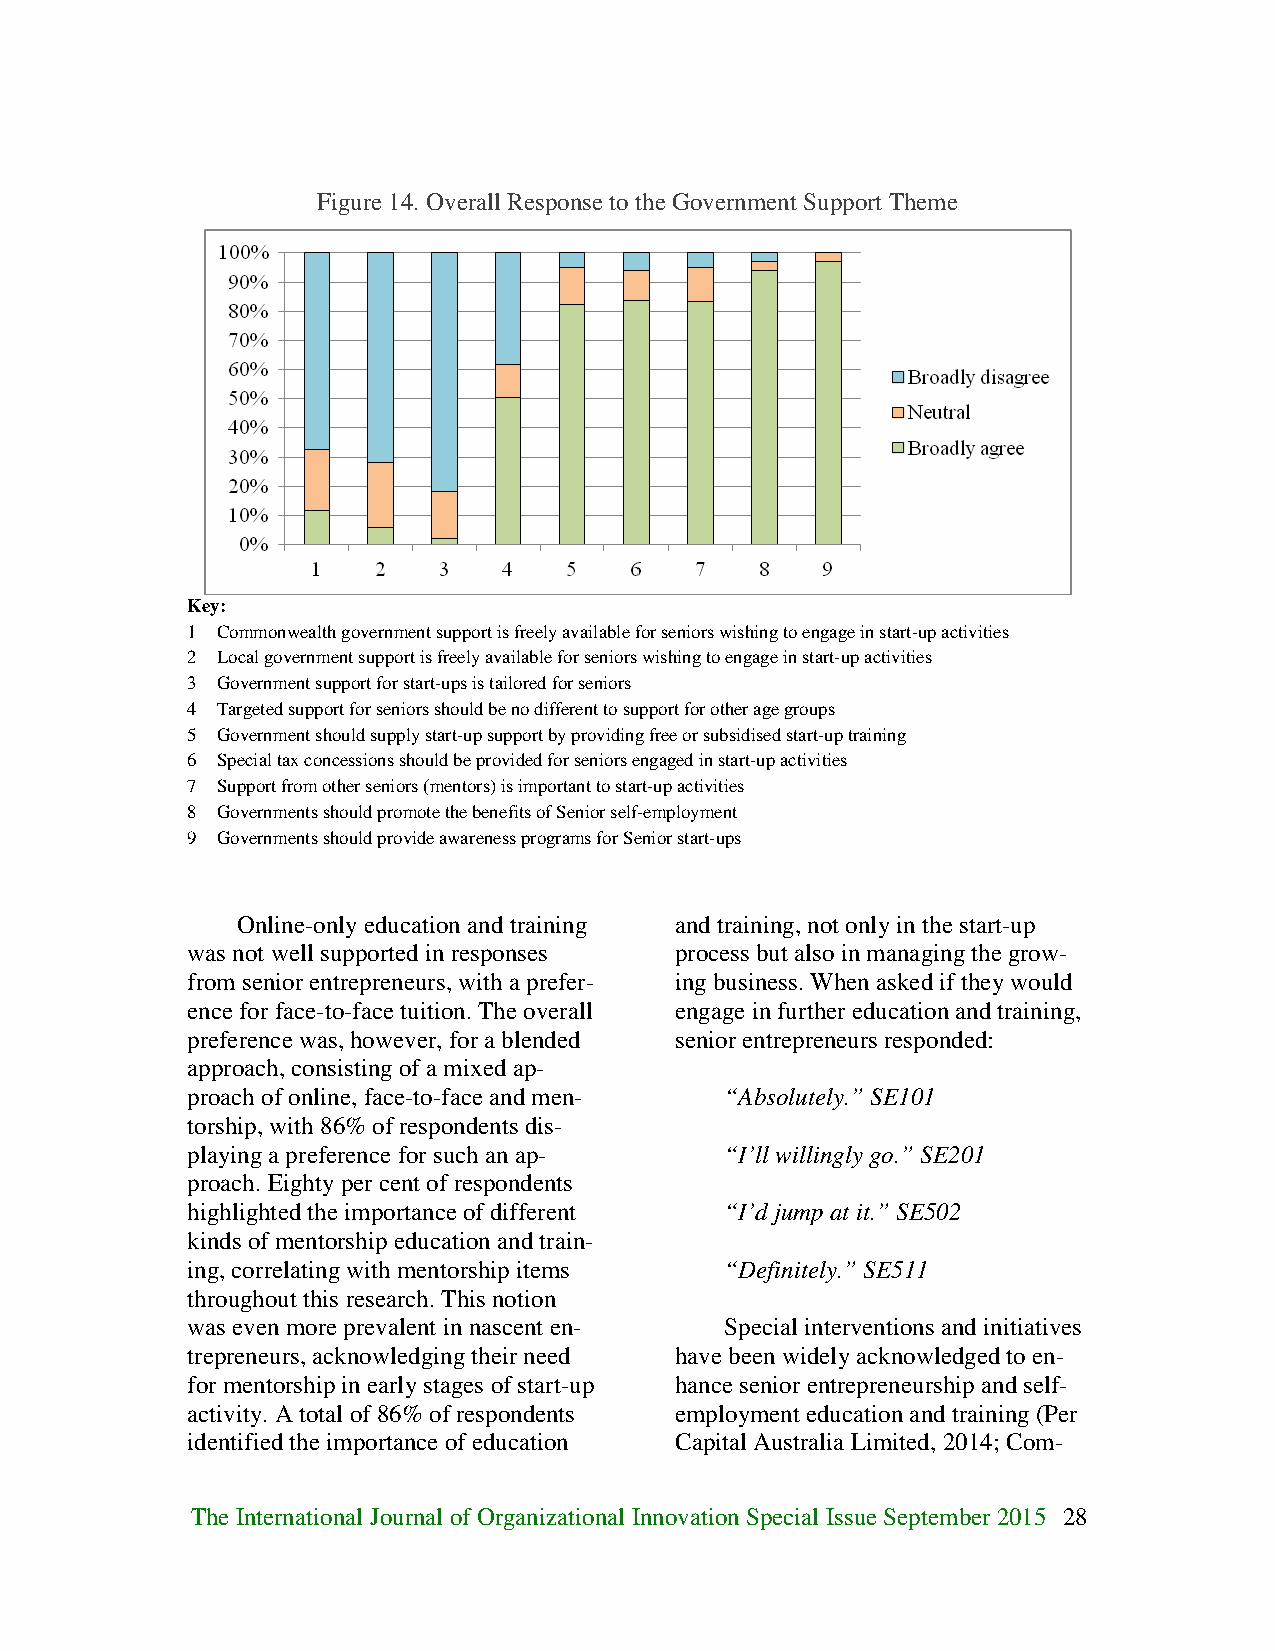
Figure 14. Overall Response to the Government Support Theme
 Key:
 1 Commonwealth government support is freely available for seniors wishing to engage in start-up activities
 2 Local government support is freely available for seniors wishing to engage in start-up activities
 3 Government support for start-ups is tailored for seniors
 4 Targeted support for seniors should be no different to support for other age groups
 5 Government should supply start-up support by providing free or subsidised start-up training
 6 Special tax concessions should be provided for seniors engaged in start-up activities
 7 Support from other seniors (mentors) is important to start-up activities
 8 Governments should promote the benefits of Senior self-employment
 9 Governments should provide awareness programs for Senior start-ups
 Online-only education and training and training, not only in the start-up
 was not well supported in responses process but also in managing the grow-
 from senior entrepreneurs, with a prefer- ing business. When asked if they would
 ence for face-to-face tuition. The overall engage in further education and training,
 preference was, however, for a blended senior entrepreneurs responded:
 approach, consisting of a mixed ap-
 proach of online, face-to-face and men- “Absolutely.” SE101
 torship, with 86% of respondents dis-
 playing a preference for such an ap- “I’ll willingly go.” SE201
 proach. Eighty per cent of respondents
 highlighted the importance of different “I’d jump at it.” SE502
 kinds of mentorship education and train-
 ing, correlating with mentorship items “Definitely.” SE511
 throughout this research. This notion
 was even more prevalent in nascent en- Special interventions and initiatives
 trepreneurs, acknowledging their need have been widely acknowledged to en-
 for mentorship in early stages of start-up hance senior entrepreneurship and self-
 activity. A total of 86% of respondents employment education and training (Per
 identified the importance of education Capital Australia Limited, 2014; Com-
 The International Journal of Organizational Innovation Special Issue September 2015 28